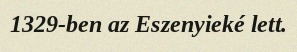
1329-ben az Eszenyieké lett.